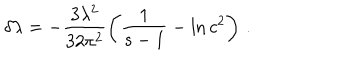
LaTeX: \delta \lambda = - \frac { 3 \lambda ^ { 2 } } { 3 2 \pi ^ { 2 } } \left( { \frac { 1 } { s - 1 } } - \ln c ^ { 2 } \right) \, .